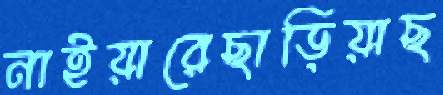
নাইয়ারেছাড়িয়াছ